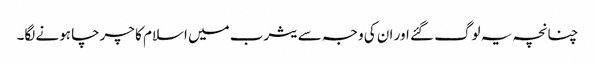
چنانچہ یہ لوگ گئے اور ان کی وجہ سے یثرب میں اسلام کا چرچا ہونے لگا۔